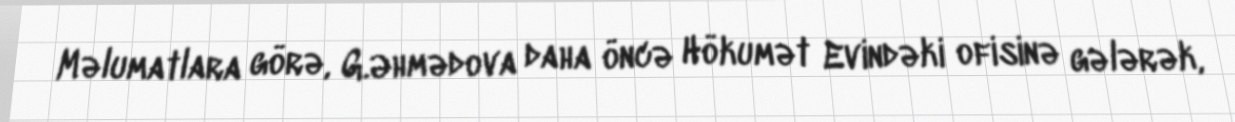
Məlumatlara görə, G.Əhmədova daha öncə Hökumət Evindəki ofisinə gələrək,